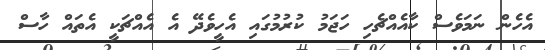
އެހެން ނަމަވެސް ކާއެއްޗެހި ހަޖަމު ކުރުމުގައި އެހީވެދޭ އެ އެއްޗަކީ އެތައް ހާސް